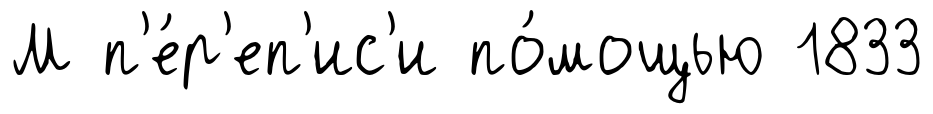
М п'е́р'еп'ис'и по́мощью 1833